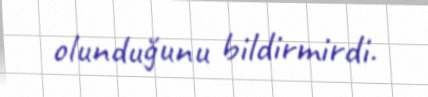
olunduğunu bildirmirdi.